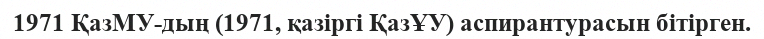
1971 ҚазМУ-дың (1971, қазіргі ҚазҰУ) аспирантурасын бітірген.